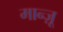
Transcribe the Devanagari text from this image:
मान्ज़ू